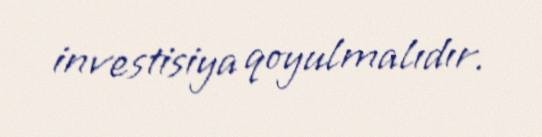
investisiya qoyulmalıdır.